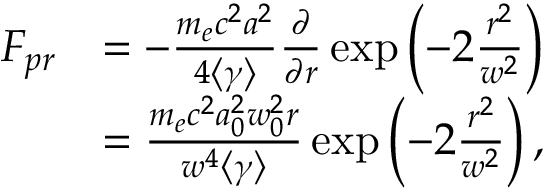
\begin{array} { r l } { F _ { p r } } & { = - \frac { m _ { e } c ^ { 2 } a ^ { 2 } } { 4 \left< \gamma \right> } \frac { \partial } { \partial r } \exp \left( - 2 \frac { r ^ { 2 } } { w ^ { 2 } } \right) } \\ & { = \frac { m _ { e } c ^ { 2 } a _ { 0 } ^ { 2 } w _ { 0 } ^ { 2 } r } { w ^ { 4 } \left< \gamma \right> } \exp \left( - 2 \frac { r ^ { 2 } } { w ^ { 2 } } \right) , } \end{array}